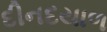
દીનદયાળ